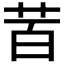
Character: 𮎩